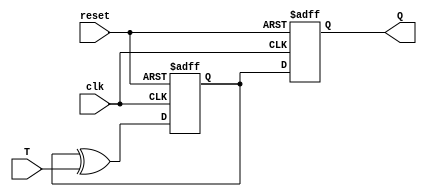
module T_ff (input T, input clk, input reset, output reg Q);

  reg D;

  always @ (posedge clk or negedge reset)
    if (reset == 0)
      D <= 0;
    else
      D <= D ^ T;

  always @ (posedge clk or negedge reset)
    if (reset == 0)
      Q <= 0;
    else
      Q <= D;

endmodule